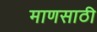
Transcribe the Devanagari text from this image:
माणसाठी